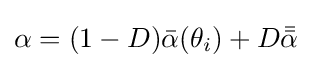
\alpha =(1-D){\bar {\alpha }}(\theta _{i})+D{\bar {\bar {\alpha }}}